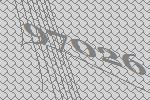
97026